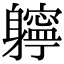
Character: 𨊓